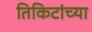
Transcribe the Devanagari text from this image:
तिकिटांच्या